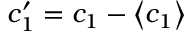
c _ { 1 } ^ { \prime } = c _ { 1 } - \left< c _ { 1 } \right>